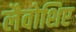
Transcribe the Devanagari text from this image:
लैवोशिए